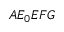
A { E _ { 0 } } E F G